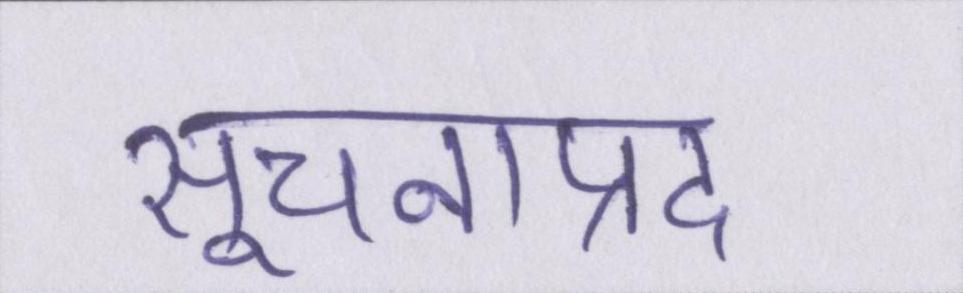
सूचनाप्रद